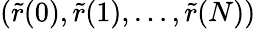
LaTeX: (\tilde{r}(0),\tilde{r}(1),\ldots,\tilde{r}(N))